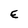
Character: E